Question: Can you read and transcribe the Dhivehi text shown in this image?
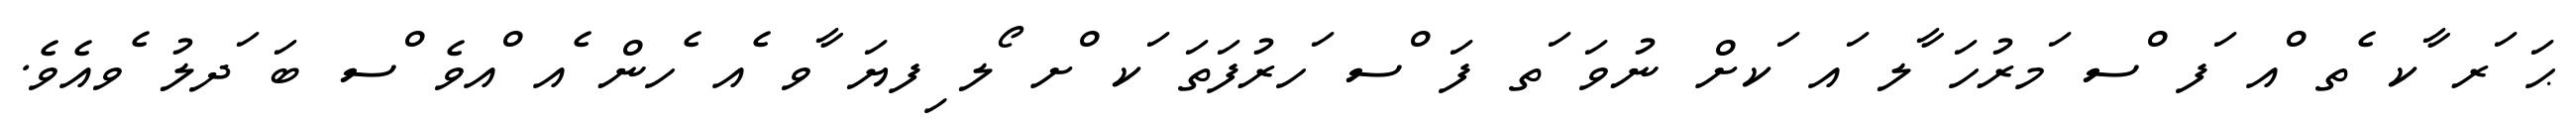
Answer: ޙަ ަރ ާކ ެތ ްއ ަފ ްސ ަމރުހަ ާލ ައ ަކށް ނުވަ ަތ ފަ ްސ ަހރުފަތަ ަކ ްށ ޯލ ިފޔަ ާވ ެއ ެހން ެއ ްއވެ ްސ ބަ ަދލު ެވއެވެ.